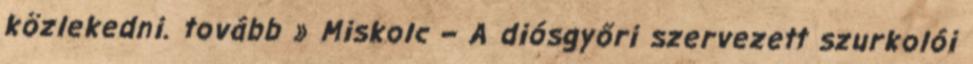
közlekedni. tovább » Miskolc – A diósgyőri szervezett szurkolói